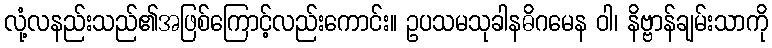
လုံ့လနည်းသည်၏အဖြစ်ကြောင့်လည်းကောင်း။ ဥပသမသုခါနဓိဂမေန ဝါ၊ နိဗ္ဗာန်ချမ်းသာကို